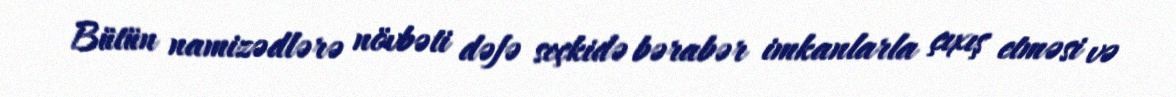
Bütün namizədlərə növbəti dəfə seçkidə bərabər imkanlarla çıxış etməsi və